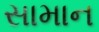
સામાન